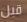
قبل